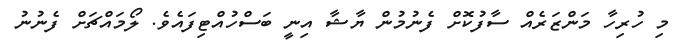
މި ހުރިހާ މަންޒަރެއް ސާފުކޮށް ފެނުމުން ޔާޝާ އިނީ ބަސްހުއްޓިފައެވެ. ލޯމައްޗަށް ފެނުނު